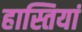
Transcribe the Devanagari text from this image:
हास्तियां